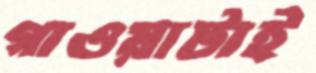
গাওয়াটাই